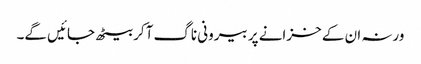
ورنہ ان کے خزانے پر بیرونی ناگ آکر بیٹھ جائیں گے۔